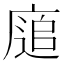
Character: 𢊅